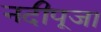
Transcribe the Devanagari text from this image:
नदीपूजा